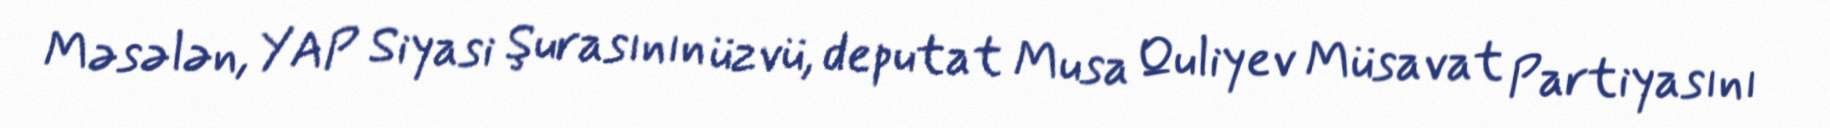
Məsələn, YAP Siyasi Şurasının üzvü, deputat Musa Quliyev Müsavat Partiyasını